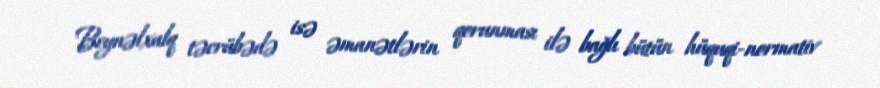
Beynəlxalq təcrübədə isə əmanətlərin qorunması ilə bağlı bütün hüquqi-normativ